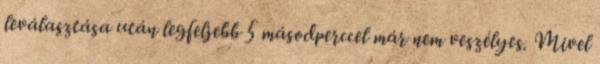
leválasztása után legfeljebb 5 másodperccel már nem veszélyes. Mivel